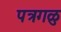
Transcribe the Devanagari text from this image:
पत्रगळु